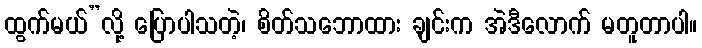
ထွက်မယ်”လို့ ပြောပါသတဲ့၊ စိတ်သဘောထား ချင်းက အဲဒီလောက် မတူတာပါ။